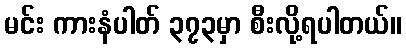
မင်း ကားနံပါတ် ၃၇၃မှာ စီးလို့ရပါတယ်။